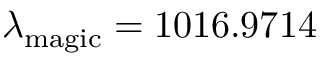
\lambda _ { \mathrm { m a g i c } } = 1 0 1 6 . 9 7 1 4